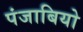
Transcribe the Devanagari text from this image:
पंजाबियो